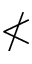
\nless